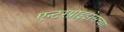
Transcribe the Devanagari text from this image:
एन्टरप्राइझेसच्या